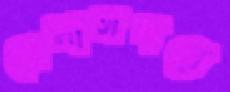
সেনাসদরে